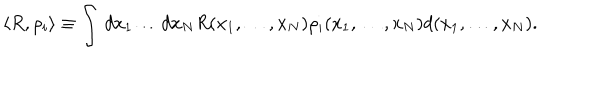
\langle R , \rho _ { i } \rangle \equiv \int \, d x _ { 1 } \dots d x _ { N } R ( x _ { 1 } , \ldots , x _ { N } ) \rho _ { i } ( x _ { 1 } , \ldots , x _ { N } ) d ( x _ { 1 } , \ldots , x _ { N } ) .